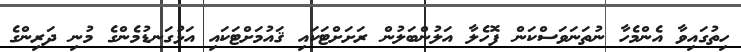
ހިތުގައިވާ އެންމެހާ ނުތަނަވަސްކަން ފޮހެލާ އަލުންބަލުން ރަށަށްޓަކައި ޤައުމަށްޓަކައި އަޅުގަނޑުމެންގެ މުނި ދަރިންގެ